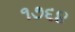
૧૭૬૪